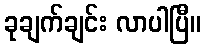
ခုချက်ချင်း လာပါပြီ။